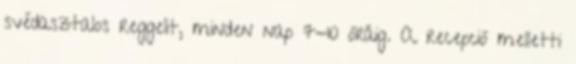
svédasztalos reggelit, minden nap 7-10 óráig. A recepció melletti